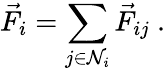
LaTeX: \vec{F}_{i}=\sum_{j\in\mathcal{N}_{i}}\vec{F}_{ij}\ .